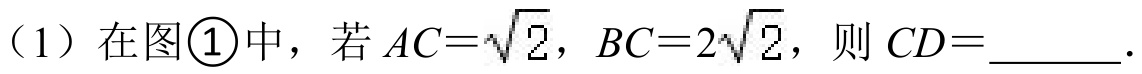
（1）在图\textcircled{1}中，若$AC = \sqrt{2}$，$BC = 2\sqrt{2}$，则$CD=$  ．